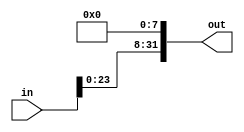
module leftshift8bit(in, out);

	/* Takes in a 32-bit number and always shifts it left 8. To be used in barrel shifter
		for other possible shift amounts */

	input[31:0] in; // input data
	output[31:0] out; // shifted output data
	
	genvar i;
	
	or or1(out[0], 1'b0, 1'b0);
	or or2(out[1], 1'b0, 1'b0);
	or or3(out[2], 1'b0, 1'b0);
	or or4(out[3], 1'b0, 1'b0);
	or or5(out[4], 1'b0, 1'b0);
	or or6(out[5], 1'b0, 1'b0);
	or or7(out[6], 1'b0, 1'b0);
	or or8(out[7], 1'b0, 1'b0);
	
	generate
		for (i = 8; i <= 31; i = i + 1) begin: loop1
			or ori(out[i], in[i-8], 1'b0);
		end
	endgenerate

endmodule